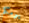
يومكم